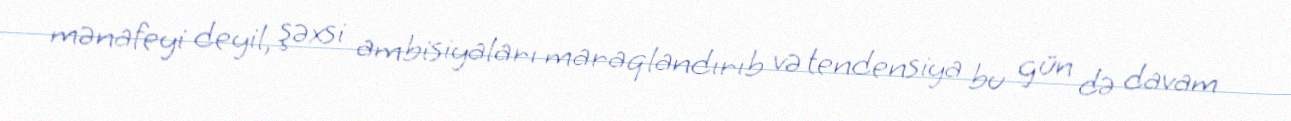
mənafeyi deyil, şəxsi ambisiyaları maraqlandırıb və tendensiya bu gün də davam